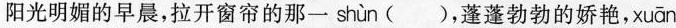
阳光明媚的早晨，拉开窗帘的那一 shùn（)，蓬蓬勃勃的娇艳，xuān